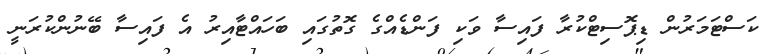
ކަސްޓަމަރުން ޑިޕޮސިޓްކުރާ ފައިސާ ވަކި ފަންޑެއްގެ ގޮތުގައި ބަހައްޓާއިރު އެ ފައިސާ ބޭނުންކުރަނީ